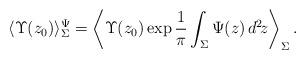
\begin{align*}\langle \Upsilon(z_0)\rangle_{\Sigma}^{\Psi}=\left\langle\Upsilon(z_0)\exp\frac{1}{\pi}\int_{\Sigma}\Psi(z)\,d^2\!z\right\rangle_{\Sigma} .\end{align*}